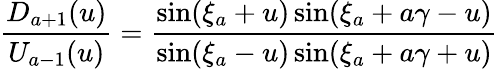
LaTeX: \frac{D_{a+1}(u)}{U_{a-1}(u)}=\frac{\sin(\xi_{a}+u)\sin(\xi_{a}+a\gamma-u)}{\sin(\xi_{a}-u)\sin(\xi_{a}+a\gamma+u)}